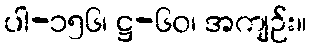
ပါ-၁၅၆၊ ဋ္ဌ-၆၀၊ အကျဉ်း။